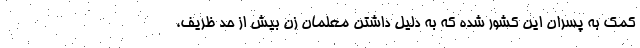
کمک به پسران این کشور شده که به دلیل داشتن معلمان زن بیش از حد ظریف،